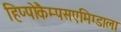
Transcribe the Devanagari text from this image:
हिप्पोकैम्पसएमिग्डाला